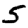
Digit: 5